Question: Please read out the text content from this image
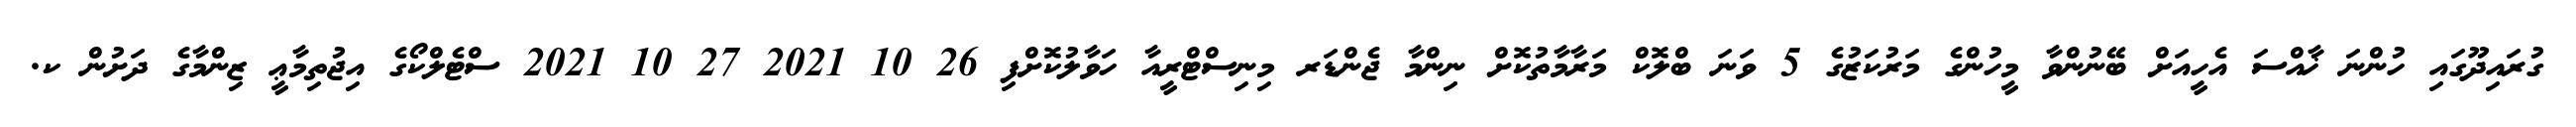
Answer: ގުރައިދޫގައި ހުންނަ ޚާއްސަ އެހީއަށް ބޭނުންވާ މީހުންގެ މަރުކަޒުގެ 5 ވަނަ ބްލޮކް މަރާމާތުކޮށް ނިންމާ ޖެންޑަރ މިނިސްޓްރީއާ ހަވާލުކޮށްފި 26 10 2021 27 10 2021 ސްޓެލްކޯގެ އިޖުތިމާޢީ ޒިންމާގެ ދަށުން ކ.